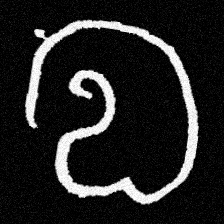
Pyu character \u2014 Myanmar letter: လ (romanized: la)